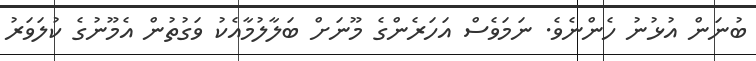
ބުނަން އުޅުނު ހެންނެވެ. ނަމަވެސް އަހަރެންގެ މޫނަށް ބަލާލުމާއެކު ވަގުތުން އެމޫނުގެ ކުލަވަރު